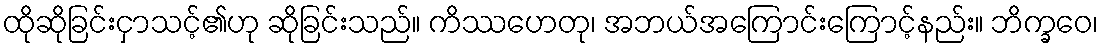
ထိုဆိုခြင်းငှာသင့်၏ဟု ဆိုခြင်းသည်။ ကိဿဟေတု၊ အဘယ်အကြောင်းကြောင့်နည်း။ ဘိက္ခဝေ၊